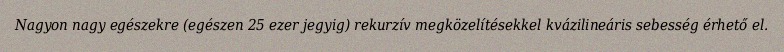
Nagyon nagy egészekre (egészen 25 ezer jegyig) rekurzív megközelítésekkel kvázilineáris sebesség érhető el.